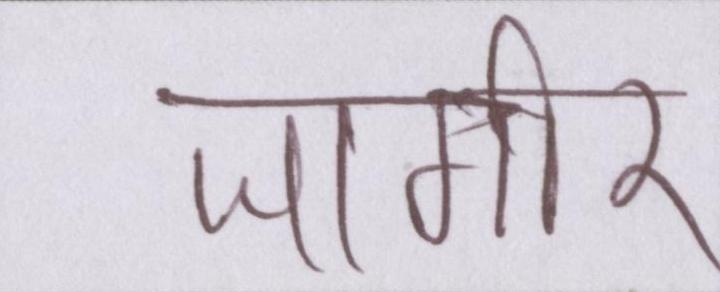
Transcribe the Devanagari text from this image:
जागीर